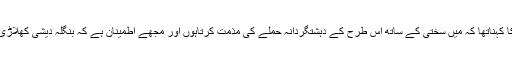
شعیب اختر کا کہناتھا کہ میں سختی کے ساتھ اس طرح کے دہشتگردانہ حملے کی مذمت کرتاہوں اور مجھے اطمینان ہے کہ بنگلہ دیشی کھلاڑی محفوظ ہیں ۔